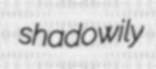
shadowily